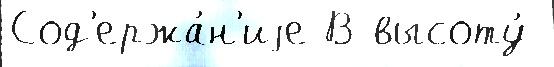
Сод'ержа́н'иjе В высоту́